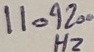
Text: 11.9200Hz